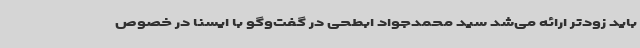
باید زودتر ارائه می‌شد سید محمدجواد ابطحی در گفت‌وگو با ایسنا در خصوص